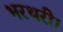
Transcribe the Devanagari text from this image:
भरथरी।